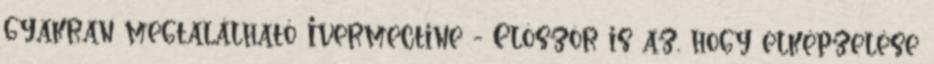
gyakran megtalálható Ivermectine - Elôször is az, hogy elképzelése